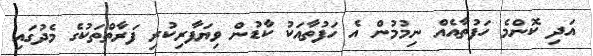
އަދި ކޮންމެ ހަފުތާއެއް ނިމުމުން އެ ހަފުތާއަކު ކާޑުން ވިޔަފާރިކުރި ފަރާތްތަކުގެ މެދުގައި